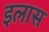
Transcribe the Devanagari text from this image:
इलास